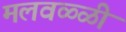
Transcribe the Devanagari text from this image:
मलवळ्ळी